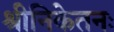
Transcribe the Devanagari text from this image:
श्रीनिकेतनः